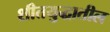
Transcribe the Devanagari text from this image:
शीतयुद्धातील